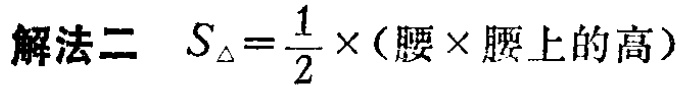
解法二 \(S_{\triangle}=\frac{1}{2}\times(腰\times腰上的高)\)